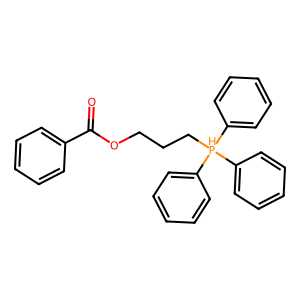
SMILES: O=C(OCCC[PH](c1ccccc1)(c1ccccc1)c1ccccc1)c1ccccc1
Inhibits HIV replication: No